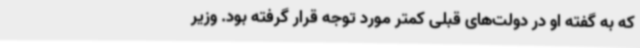
که به گفته او در دولت‌های قبلی کمتر مورد توجه قرار گرفته بود. وزیر